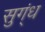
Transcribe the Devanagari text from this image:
सुग्ंध